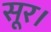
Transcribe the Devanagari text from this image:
सूर।